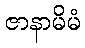
ဇာနာမိမံ